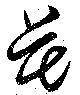
花